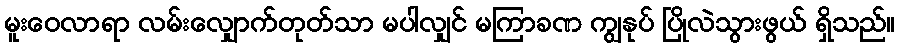
မူးဝေလာရာ လမ်းလျှောက်တုတ်သာ မပါလျှင် မကြာခဏ ကျွနုပ် ပြိုလဲသွားဖွယ် ရှိသည်။